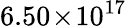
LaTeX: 6.50\! \times\! 10^{17}